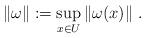
LaTeX: \begin{align*}\|\omega\|:=\sup_{x\in U}\|\omega(x)\|\ .\end{align*}